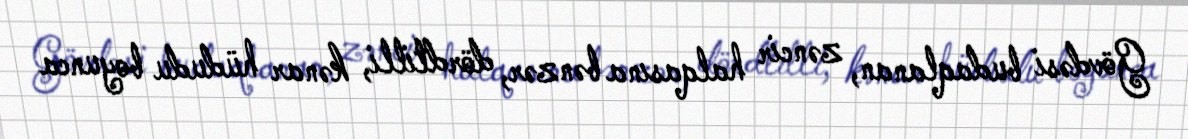
Gövdəsi budaqlanan, zəncir halqasına bənzər, dördtilli, kənar hüdudu boyunca